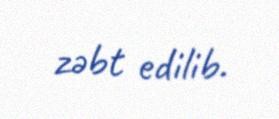
zəbt edilib.